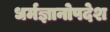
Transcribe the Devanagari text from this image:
धर्मज्ञानोपदेश